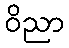
ဝိညာ